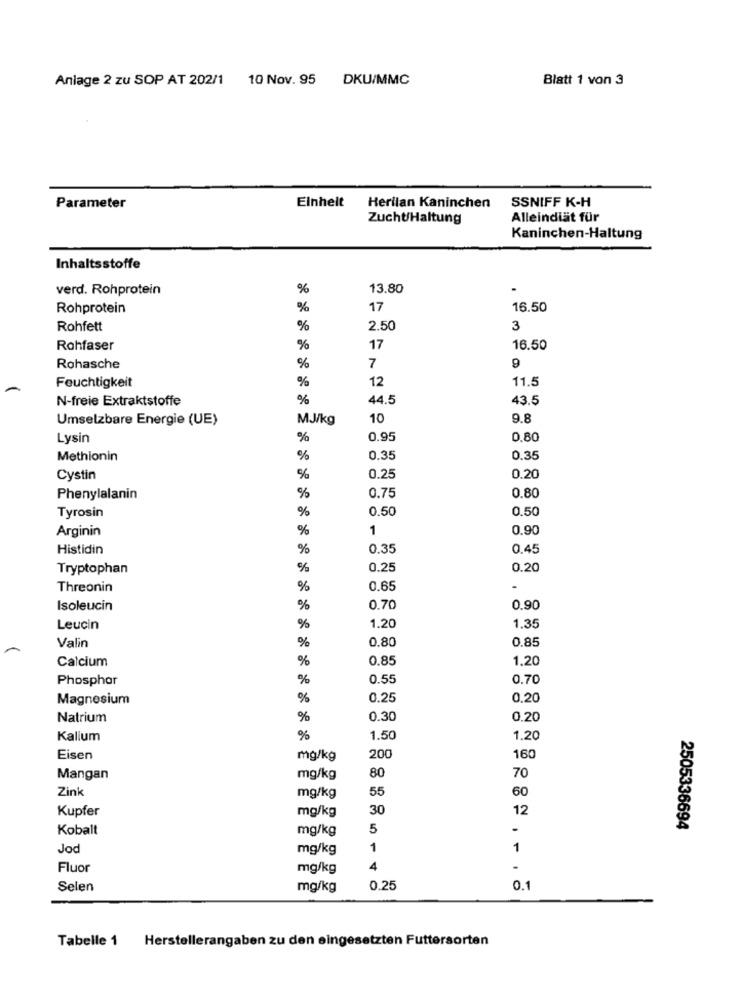
Anlage 2 zu SOP AT 202/1
10 Nov. 95
DKU/MMC
Blatt 1 von 3
Einheit
SSNIFF K-H
Parameter
Herilan Kaninchen
ZuchtHaltung
Alleindiät für
Kaninchen-Haltung
Inhaltsstoffe
verd. Rohprotein
%
13.80
Rohprotein
%
17
16.50
Rohfett
%
2.50
3
Rohfaser
%
17
16.50
Rohasche
%
7
9
%
12
11.5
Feuchtigkeit
N-freie Extraktstoffe
%
44.5
43.5
Umselzbare Energie (UE)
MJ/kg
10
9.8
Lysin
%
0.95
0.80
Methionin
%
0.35
0.35
Cystin
%
0.25
0.20
0.75
0.80
Phenylalanin
Tyrosin
0.50
0.50
%
Arginin
%
1
0.90
Histidin
%
0.35
0.45
Tryptophan
%
0.25
0.20
Threonin
%
0.65
-
Isoleucin
%
0.70
0.90
Leucin
%
1.20
1.35
Valin
%
0.80
0.85
Calcium
%
0.85
1.20
Phosphor
%
0.55
0.70
Magnesium
%
0.25
0,20
Natrium
%
0.30
0.20
Kalium
%
1.50
1.20
Eisen
mg/kg
200
160
Mangan
mg/kg
80
70
Zink
55
60
mg/kg
Kupfer
mg/kg
30
12
Kobalt
mg/kg
5
-
2505336694
Joc
mg/kg
1
1
Fluor
mg/kg
4
.
Selen
mg/kg
0.25
0.1
Tabelle 1 Herstellerangaben zu den eingesetzten Futtersorten